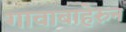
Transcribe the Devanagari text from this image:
गावाबाहेरुन